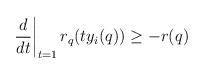
LaTeX: \begin{align*}\left. \frac{d}{dt}\right|_{t=1} r_q(t y_i(q)) \geq -r(q)\end{align*}